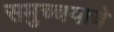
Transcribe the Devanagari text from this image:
समुच्चयाचे